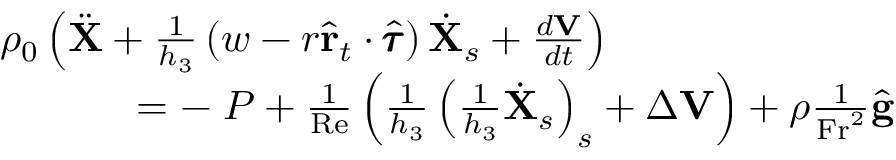
\begin{array} { r } { \rho _ { 0 } \left( \ddot { \mathbf { X } } + \frac { 1 } { h _ { 3 } } \left( w - r \hat { \mathbf { r } } _ { t } \cdot \hat { \pmb { \tau } } \right) \dot { \mathbf { X } } _ { s } + \frac { d \mathbf { V } } { d t } \right) \quad \quad \quad \quad \quad \quad \quad } \\ { = - \mathbf { \nabla } P + \frac { 1 } { \mathrm { R e } } \left( \frac { 1 } { h _ { 3 } } \left( \frac { 1 } { h _ { 3 } } \dot { \mathbf { X } } _ { s } \right) _ { s } + \Delta \mathbf { V } \right) + \rho \frac { 1 } { \mathrm { F r } ^ { 2 } } \hat { \mathbf { g } } } \end{array}